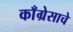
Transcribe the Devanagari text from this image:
काँग्रेसाचे